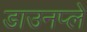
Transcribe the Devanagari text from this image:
डाउनप्ले